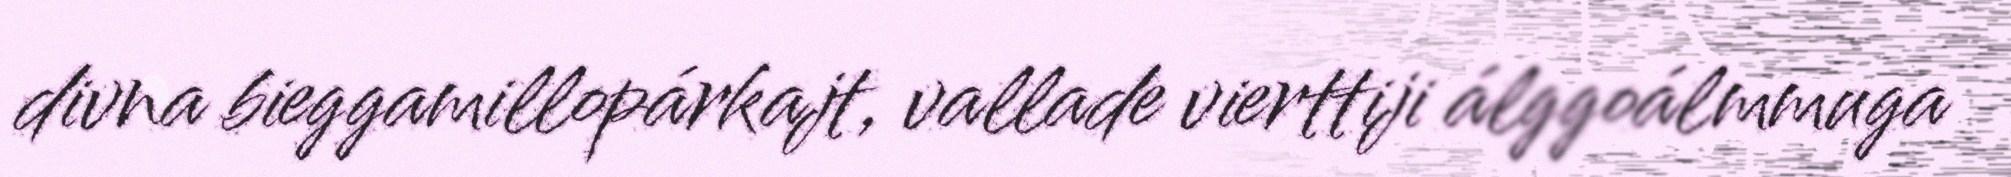
divna bieggamillopárkajt, vallade vierttiji álggoálmmuga